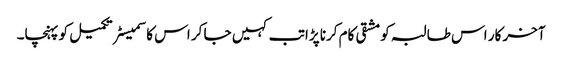
آخر کار اس طالبہ کو مشقی کام کرنا پڑا تب کہیں جا کر اس کا سمیسٹر تکمیل کو پہنچا۔